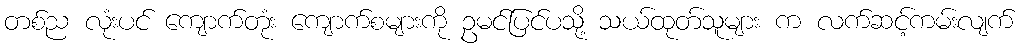
တစ်ည လုံးပင် ကျောက်တုံး ကျောက်စများကို ဥမင်ပြင်ပသို့ သယ်ထုတ်သူများ က လက်ဆင့်ကမ်းလျက်